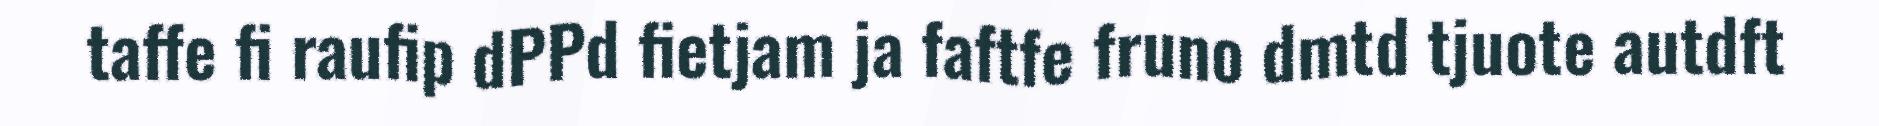
taffe fi raufip dPPd fietjam ja faftfe fruno dmtd tjuote autdft